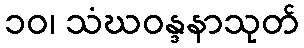
၁၀၊ သံဃဝန္ဒနာသုတ်